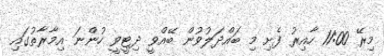
މިރޭ 11:00 ހާއިރު ފެށި މި ބައްދަލުވުން ބޭއްވީ ދިޓީވީ ހުންނަ އިމާރާތުގައި